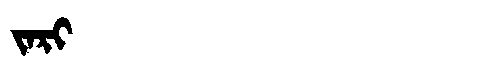
Manchu: ᠵᠠᡵᡳ
Romanization: JARI